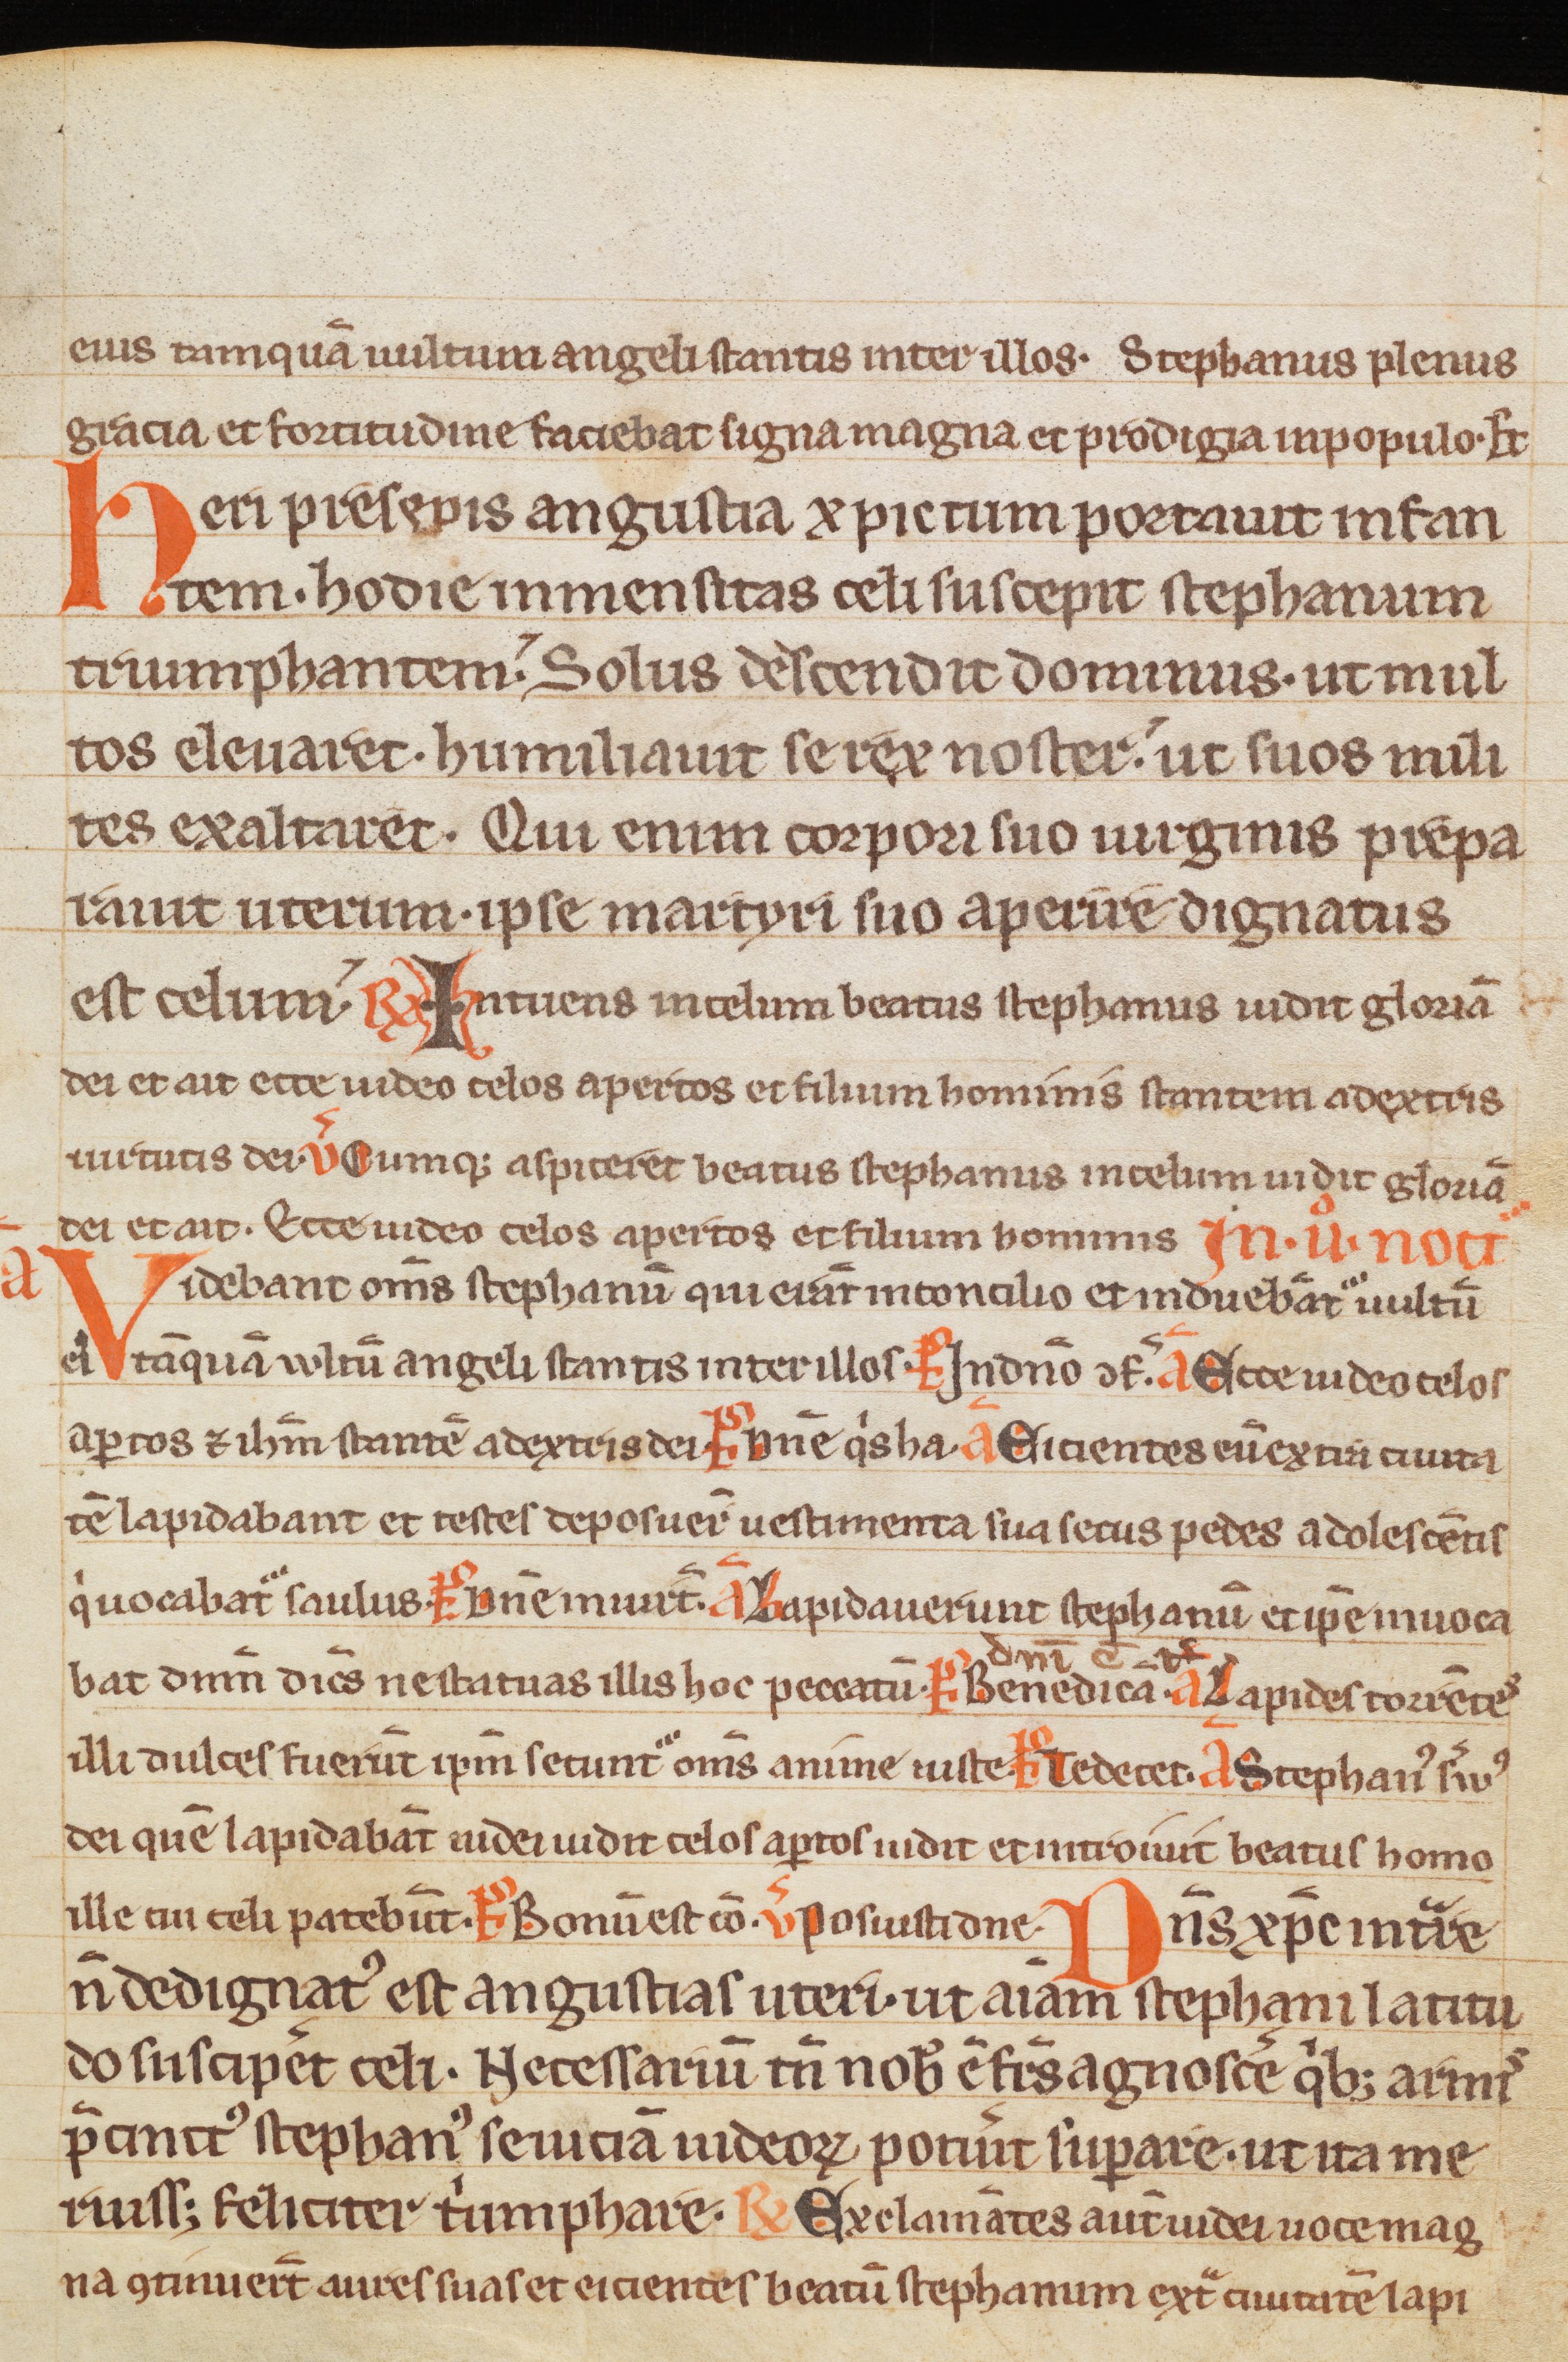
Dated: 1300–1399